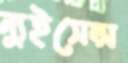
ন্যুইসেন্স